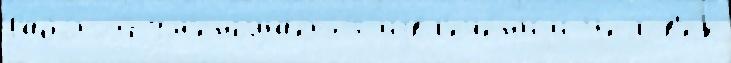
Рабо́той ум'еньша́етс'я извл'ече́н'иjи Челов'е́к